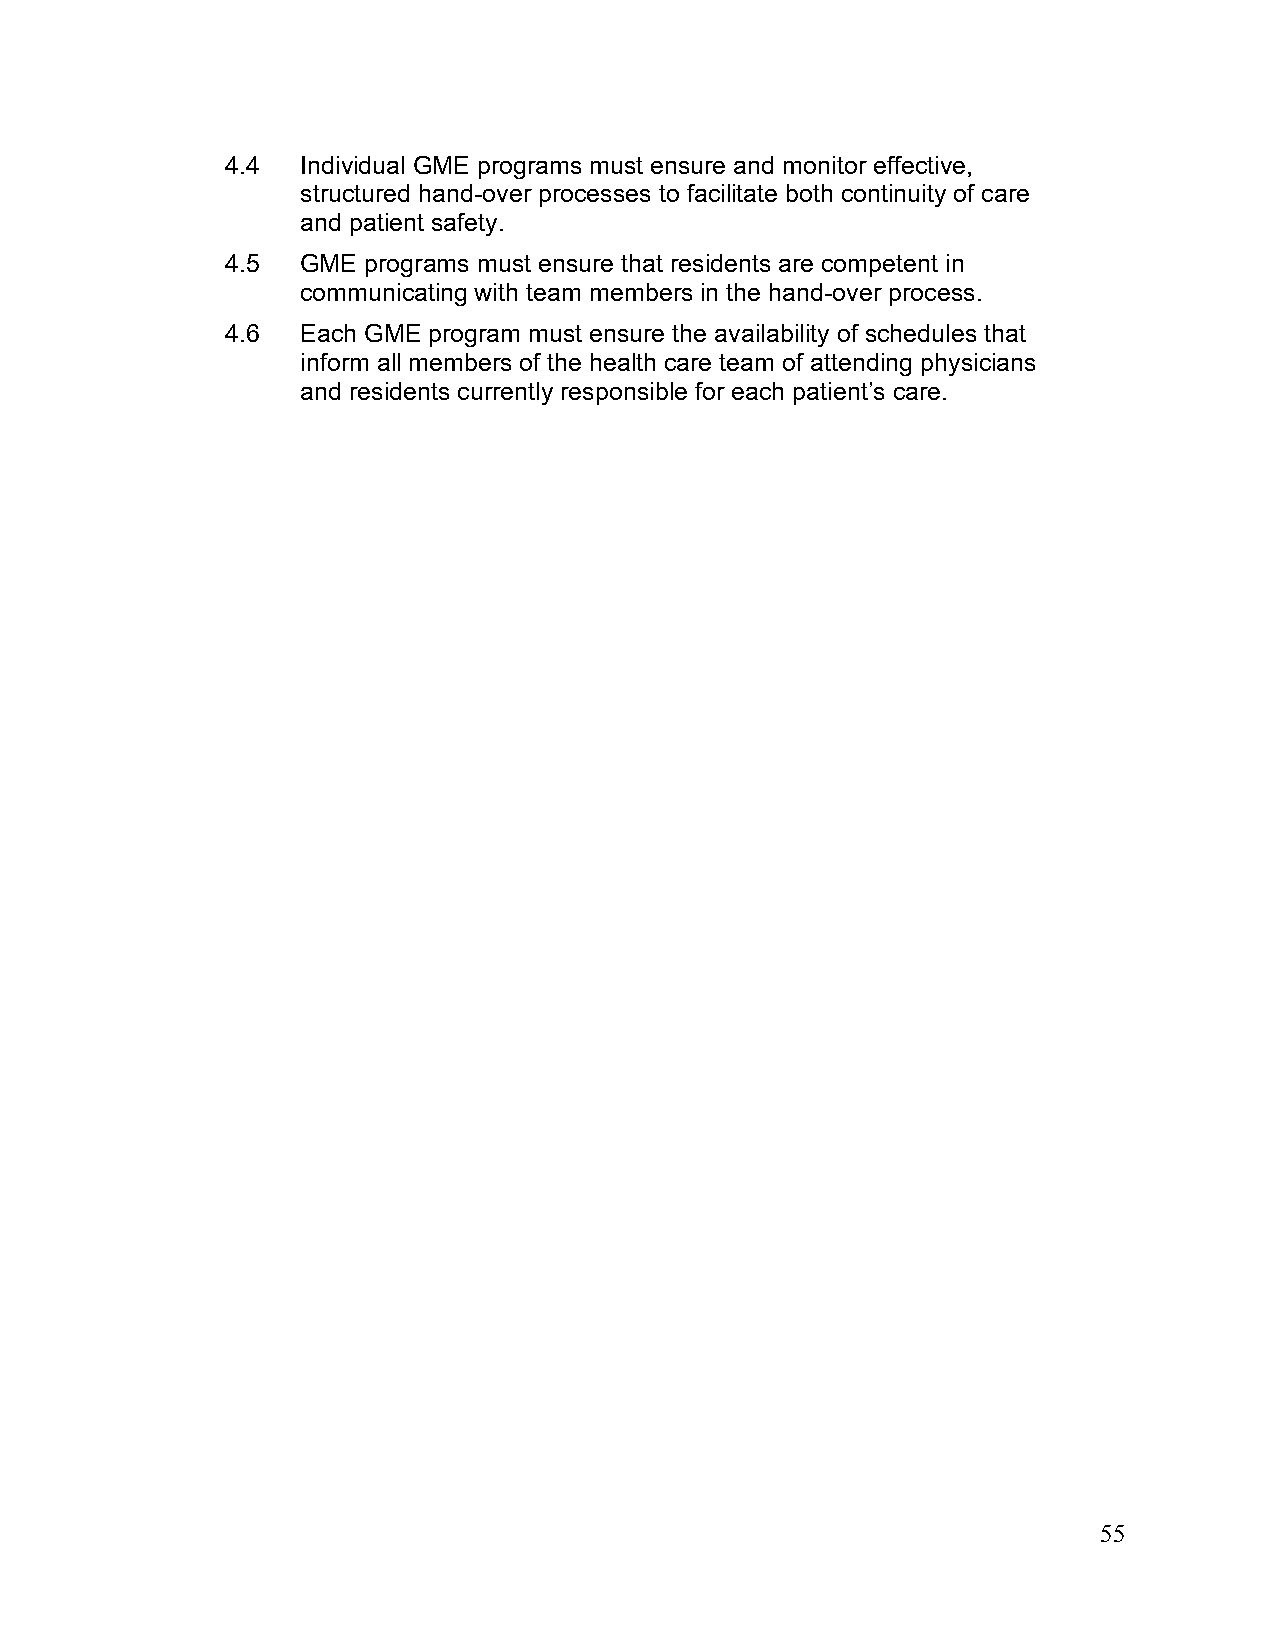
4.4  Individual GME programs must ensure and monitor effective,
 structured hand-over processes to facilitate both continuity of care
 and patient safety.
 4.5  GME programs must ensure that residents are competent in
 communicating with team members in the hand-over process.
 4.6  Each GME program must ensure the availability of schedules that
 inform all members of the health care team of attending physicians
 and residents currently responsible for each patient’s care.
 55